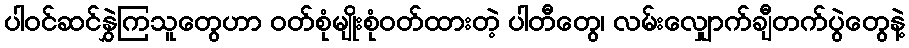
ပါဝင်ဆင်နွှဲကြသူတွေဟာ ဝတ်စုံမျိုးစုံဝတ်ထားတဲ့ ပါတီတွေ၊ လမ်းလျှောက်ချီတက်ပွဲတွေနဲ့